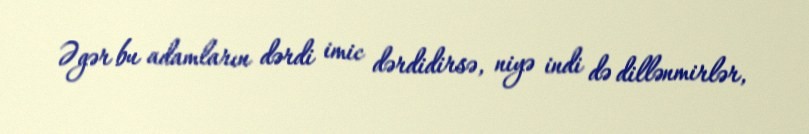
Əgər bu adamların dərdi imic dərdidirsə, niyə indi də dillənmirlər,